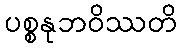
ပစ္စနုဘဝိဿတိ